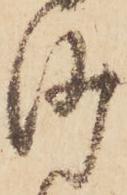
沙